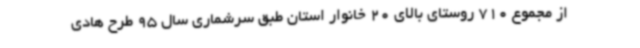
از مجموع 710 روستای بالای 20 خانوار استان طبق سرشماری سال 95 طرح هادی